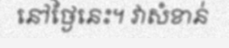
នៅថ្ងៃនេះ។ វាសំខាន់